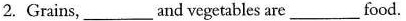
2. Grains, ___ and vegetables are ___ food.